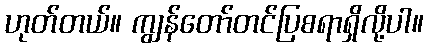
ဟုတ်တယ်။ ကျွန်တော်တင်ပြစရာရှိလို့ပါ။